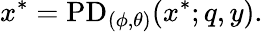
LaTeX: x^{*}=\mathrm{PD}_{(\phi,\theta)}(x^{*};q,y).